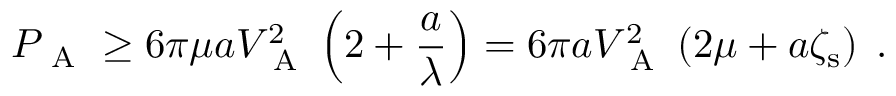
P _ { \mathrm { ~ A ~ } } \geq 6 \pi \mu a V _ { \mathrm { ~ A ~ } } ^ { 2 } \left( 2 + \frac { a } { \lambda } \right) = 6 \pi a V _ { \mathrm { ~ A ~ } } ^ { 2 } \left( 2 \mu + a \zeta _ { \mathrm { s } } \right) \; .